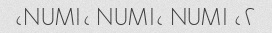
۲، NUM۱، NUM۱، NUM۱،